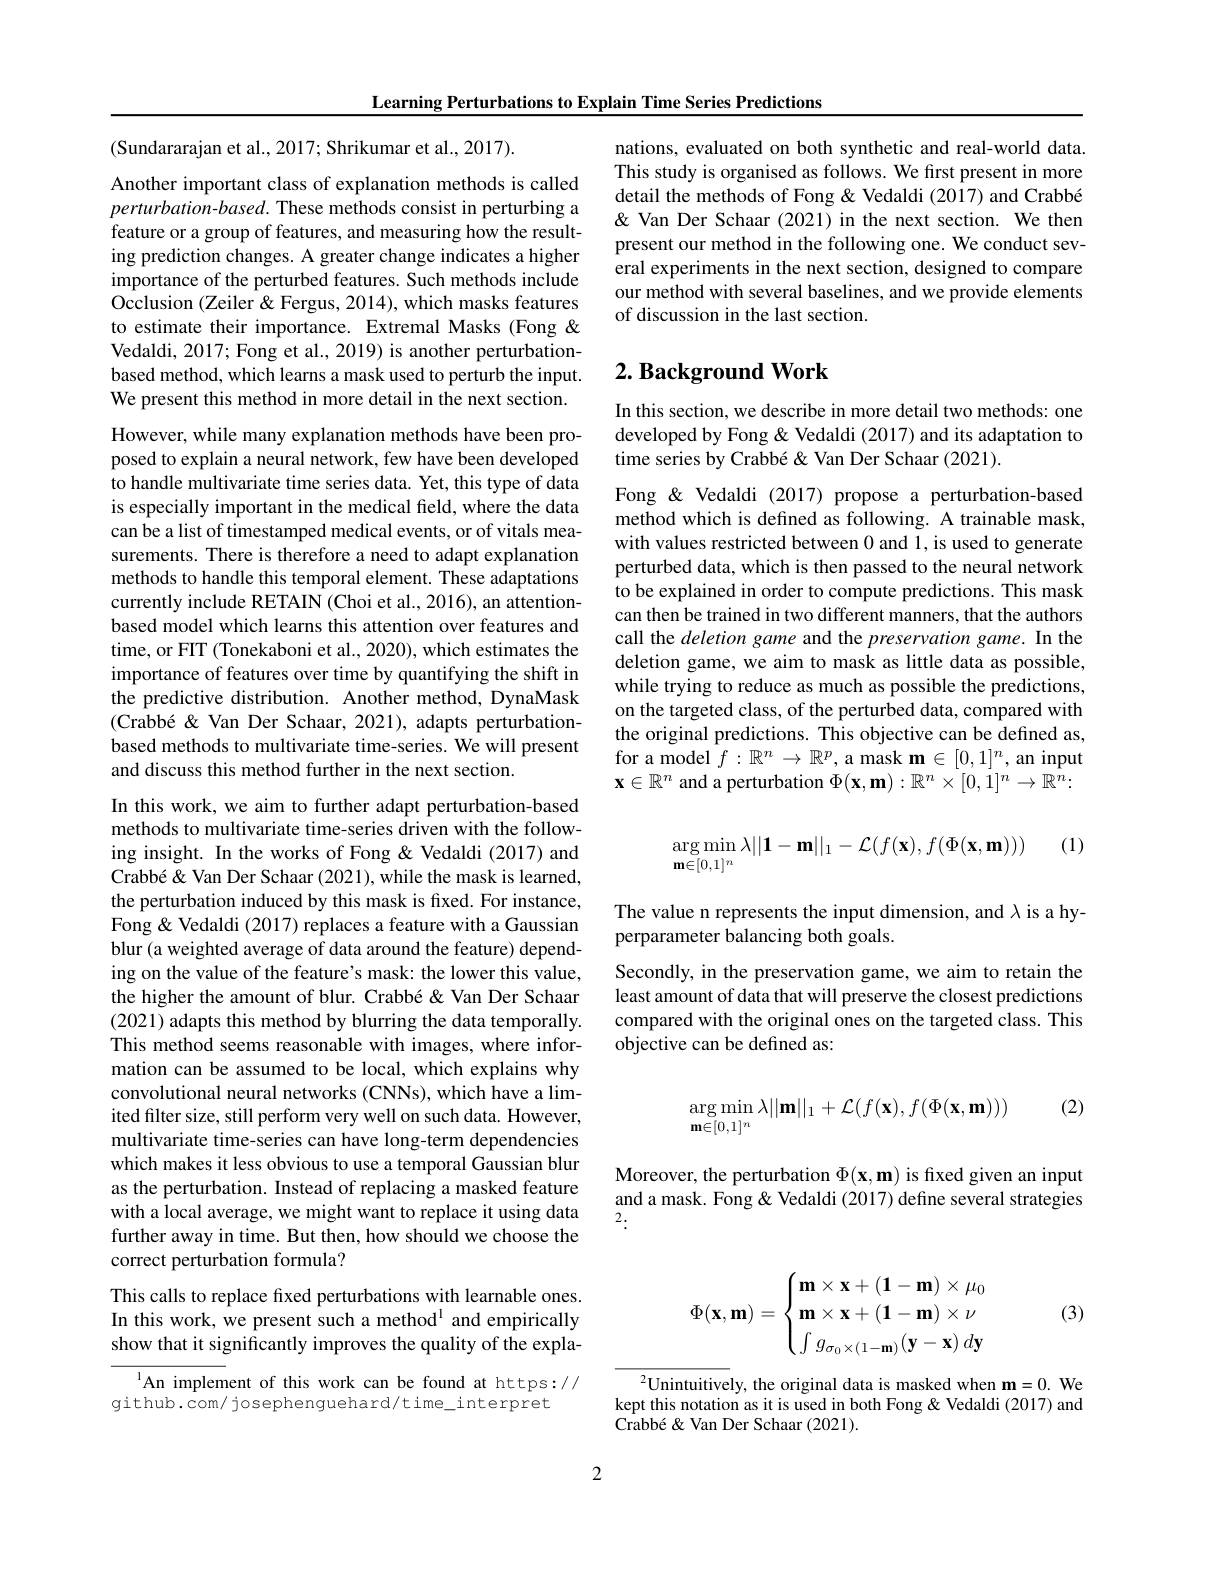
Learning Perturbations to Explain Time Series Predictions

Another important class of explanation methods is called $perturbation-based.$ These methods consist in perturbing a feature or a group of features, and measuring how the resulting prediction changes. A greater change indicates a higher importance of the perturbed features. Such methods include Occlusion (Zeiler & Fergus, 2014), which masks features to estimate their importance. Extremal Masks (Fong & Vedaldi, 2017; Fong et al., 2019) is another perturbationbased method, which learns a mask used to perturb the input. We present this method in more detail in the next section.

(Sundararajan et al., 2017; Shrikumar et al., 2017).
However, while many explanation methods have been proposed to explain a neural network, few have been developed to handle multivariate time series data. Yet, this type of data is especially important in the medical field, where the data can be a list of timestamped medical events, or of vitals measurements. There is therefore a need to adapt explanation methods to handle this temporal element. These adaptations currently include RETAIN (Choi et al.,2016), an attentionbased model which learns this attention over features and time, or FIT (Tonekaboni et al., 2020), which estimates the importance of features over time by quantifying the shift in the predictive distribution. Another method, DynaMask (Crabbé & Van Der Schaar, 2021), adapts perturbationbased methods to multivariate time-series. We will present and discuss this method further in the next section.
In this work, we aim to further adapt perturbation-based methods to multivariate time-series driven with the following insight. In the works of Fong &Vedaldi (2017) and Crabbé& Van Der Schaar (2021), while the mask is learned, the perturbation induced by this mask is fixed. For instance, Fong & Vedaldi (2017) replaces a feature with a Gaussian blur (a weighted average of data around the feature) depending on the value of the feature's mask: the lower this value, the higher the amount of blur. Crabbé &Van Der Schaar (2021) adapts this method by blurring the data temporally. This method seems reasonable with images, where information can be assumed to be local, which explains why convolutional neural networks (CNNs), which have a limited filter size, still perform very well on such data. However, multivariate time-series can have long-term dependencies which makes it less obvious to use a temporal Gaussian blur as the perturbation. Instead of replacing a masked feature with a local average, we might want to replace it using data further away in time. But then, how should we choose the correct perturbation formula?
This calls to replace fixed perturbations with learnable ones. In this work, we present such a method$^{\mathrm{l}}$ and empirically show that it significantly improves the quality of the expla-

An implement of this work can be found at https://
github.com/ josephenguehard/time\_interpret

nations, evaluated on both synthetic and real-world data. This study is organised as follows. We first present in more detail the methods of Fong & Vedaldi (2017) and Crabbé & Van Der Schaar (2021) in the next section. We then present our method in the following one. We conduct several experiments in the next section, designed to compare our method with several baselines, and we provide elements of discussion in the last section.

## $2. \textbf{ Background Work}$

In this section, we describe in more detail two methods: one developed by Fong & Vedaldi (2017) and its adaptation to time series by Crabbé& Van Der Schaar (2021).

Fong & Vedaldi (2017) propose a perturbation-based method which is defined as following. A trainable mask, with values restricted between 0 and 1, is used to generate perturbed data, which is then passed to the neural network to be explained in order to compute predictions. This mask can then be trained in two different manners, that the authors call the deletion game and the preservation game. In the deletion game, we aim to mask as little data as possible, while trying to reduce as much as possible the predictions, on the targeted class, of the perturbed data, compared with the original predictions. This objective can be defined as, for a model $f:\mathbb{R}^n\to\mathbb{R}^p$, a mask m$\in[0,1]^n$, an input $\mathbf{x}\in\mathbb{R}^n$ and a perturbation $\Phi(\mathbf{x},\mathbf{m}):\mathbb{R}^n\times[0,\dot{1}]^n\to\mathbb{R}^n\colon$

(1)
$$\begin{aligned}&\arg\min_{\mathbf{m}\in[0,1]^n}\lambda||\mathbf{1}-\mathbf{m}||_1-\mathcal{L}(f(\mathbf{x}),f(\Phi(\mathbf{x},\mathbf{m})))\end{aligned}$$
The value n represents the input dimension, and $\lambda$ is a hy-
perparameter balancing both goals.

Secondly, in the preservation game, we aim to retain the least amount of data that will preserve the closest predictions compared with the original ones on the targeted class. This objective can be defined as:

(2)
$$\begin{aligned}&\arg\min_{\mathbf{m}\in[0,1]^n}\lambda||\mathbf{m}||_1+\mathcal{L}(f(\mathbf{x}),f(\Phi(\mathbf{x},\mathbf{m})))\end{aligned}$$
Moreover, the perturbation $\Phi(\mathbf{x},\mathbf{m})$ is fixed given an input and a mask. Fong & Vedaldi (2017) define several strategies 2.
$$\Phi(\mathbf x,\mathbf m)=\begin{cases}\mathbf m\times\mathbf x+(\mathbf1-\mathbf m)\times\mu_0\\\mathbf m\times\mathbf x+(\mathbf1-\mathbf m)\times\nu\\\int g_{\sigma_0\times(1-\mathbf m)}(\mathbf y-\mathbf x)\:d\mathbf y\end{cases}$$
(3)

$^2$Unintuitively, the original data is masked when m=0. We kept this notation as it is used in both Fong & Vedaldi (2017) and Crabbé & Van Der Schaar (2021).

2